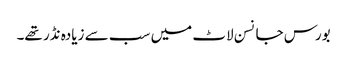
بورس جانسن لاٹ میں سب سے زیادہ نڈر تھے۔